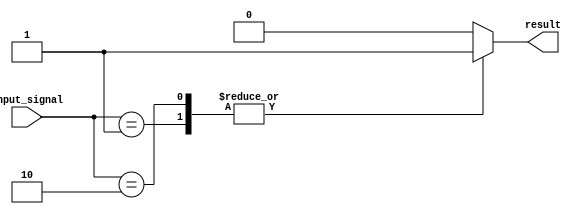
module case_statement_example(
    input [2:0] input_signal,
    output reg result
);

always @(*)
begin
    case(input_signal)
        3'b000: result = 1'b0; // execute this block if input_signal is 3'b000
        3'b001: result = 1'b1; // execute this block if input_signal is 3'b001
        3'b010: result = 1'b1; // execute this block if input_signal is 3'b010
        3'b011: result = 1'b0; // execute this block if input_signal is 3'b011
        default: result = 1'b0; // execute this block if none of the cases match
    endcase
end

endmodule